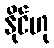
နိုင်ဟု